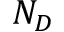
N _ { D }